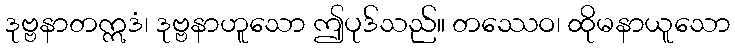
ဒုဗ္ဗနာတဣဒံ၊ ဒုဗ္ဗနာဟူသော ဤပုဒ်သည်။ တဿေဝ၊ ထိုမနာယူသော